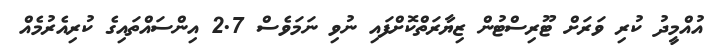
އުއްމީދު ކުރި ވަރަށް ޓޫރިސްޓުން ޒިޔާރަތްކޮށްފައި ނުވި ނަމަވެސް 2.7 އިންސައްތައިގެ ކުރިއެރުމެއް